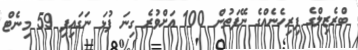
ބްރެޒިލްގެ ފިރިހެނެއްގެ ނޭފަތުން 100 އަށްވުރެ ގިނަ ފުޅަ ނަގައިފި 59 މިނެޓް